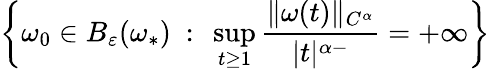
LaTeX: \left\{ \omega_{0}\in B_{\varepsilon}(\omega_{*})\ :\ \operatorname*{sup}_{t\ge 1}\frac{\| \omega(t)\| _{C^{\alpha}}}{|t|^{\alpha-}}=+\infty\right\}